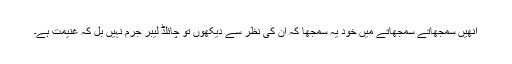
انھیں سمجھاتے سمجھاتے میں خود یہ سمجھا کہ ان کی نظر سے دیکھوں تو چائلڈ لیبر جرم نہیں بل کہ غنیمت ہے۔